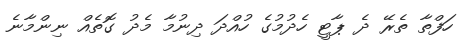
ހަފްތާ ތެރޭ ދެ ޕާޓީ ހެދުމުގެ ހުއްދަ ދިނުމާ މެދު ގޮތެއް ނިންމާނެ